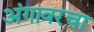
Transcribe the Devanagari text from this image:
अंगावरचा